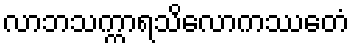
လာဘသက္ကာရသိလောကဿေတံ